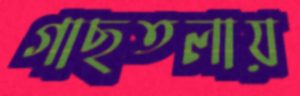
গাছতলায়